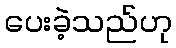
ပေးခဲ့သည်ဟု